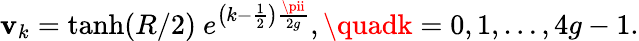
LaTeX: \mathbf{v}_{k}=\operatorname{tanh}(R/2)~e^{\left(k-\frac{{1}}{{2}}\right)\frac{{\pii}}{{2g}}},\quadk=0,1,\dots,4g-1.